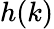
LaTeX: h(k)